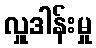
လှူဒါန်းမှု